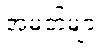
အမတ်များ